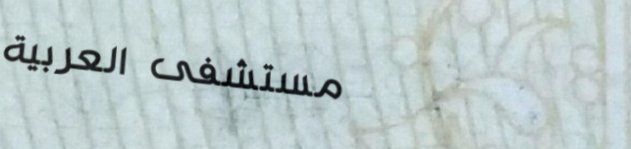
مستشفى العربية